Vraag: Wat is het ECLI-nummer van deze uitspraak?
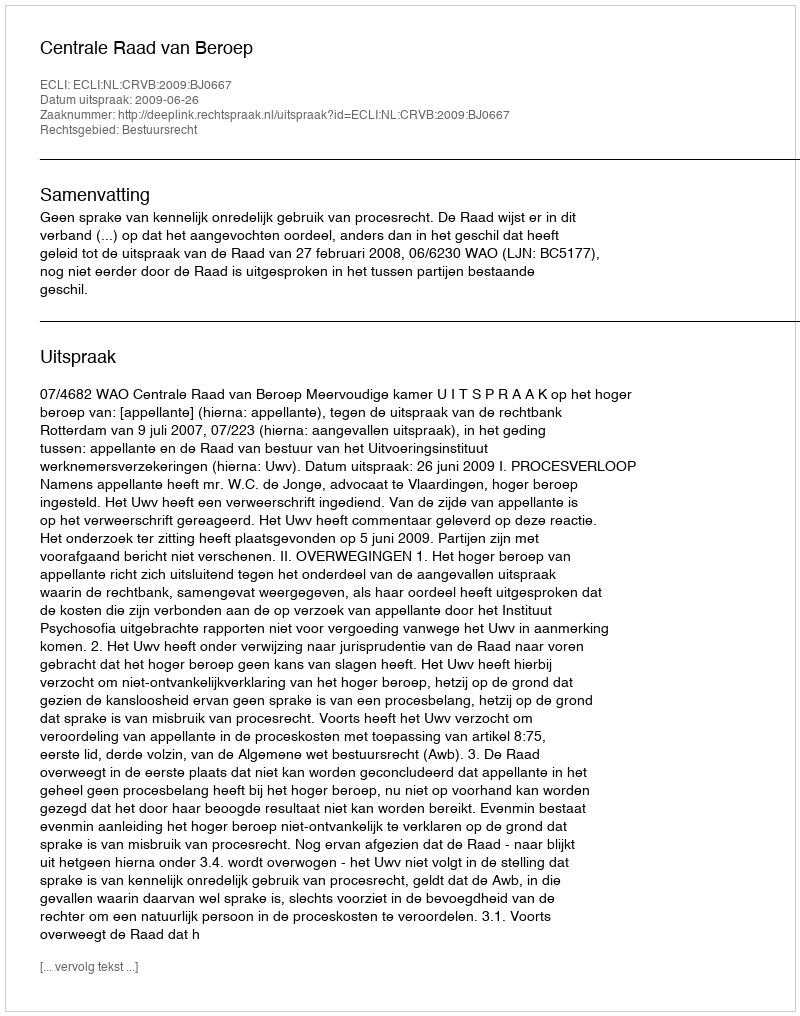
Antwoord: ECLI:NL:CRVB:2009:BJ0667